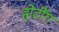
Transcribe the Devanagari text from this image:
होटींग